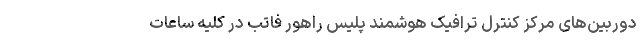
دوربین‌های مرکز کنترل ترافیک هوشمند پلیس راهور فاتب در کلیه ساعات